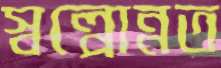
স্বল্পোন্নত